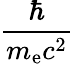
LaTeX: \frac{\hbar}{m_{\mathrm{e}}c^{2}}